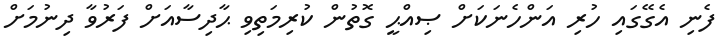
ފެނި އެގޭގައި ހުރި އަންހެނަކަށް ޞިއްޙީ ގޮތުން ކުރިމަތިވި ޙާދިސާއަށް ފަރުވާ ދިނުމަށް